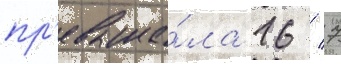
пр'евыша́ла 16 / 7